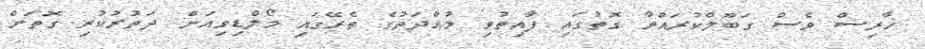
ހާރިސް ވެސް ގަބޫލްކުރައްވާ ގޮތުގައި ފާއިތުވި މުއްދަތުގެ ތެރޭގައި މޯލްޑިވިއަން ދަތުރުކުރި ގޮތަށް